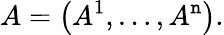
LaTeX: A=\left(A^{1},\dots,A^{\mathtt{n}}\right).